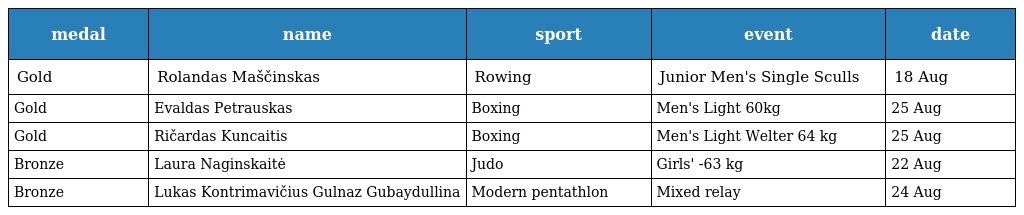
| medal | name | sport | event | date |
 | --- | --- | --- | --- | --- |
 | Gold | Rolandas Maščinskas | Rowing | Junior Men's Single Sculls | 18 Aug |
 | Gold | Evaldas Petrauskas | Boxing | Men's Light 60kg | 25 Aug |
 | Gold | Ričardas Kuncaitis | Boxing | Men's Light Welter 64 kg | 25 Aug |
 | Bronze | Laura Naginskaitė | Judo | Girls' -63 kg | 22 Aug |
 | Bronze | Lukas Kontrimavičius Gulnaz Gubaydullina | Modern pentathlon | Mixed relay | 24 Aug |